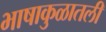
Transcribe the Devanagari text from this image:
भाषाकुळातली